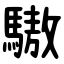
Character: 䮯